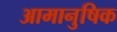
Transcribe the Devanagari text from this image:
आमानुषिक